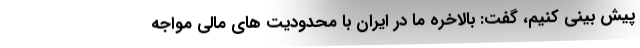
پیش بینی کنیم، گفت: بالاخره ما در ایران با محدودیت های مالی مواجه